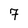
Character: 7